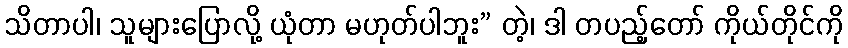
သိတာပါ၊ သူများပြောလို့ ယုံတာ မဟုတ်ပါဘူး” တဲ့၊ ဒါ တပည့်တော် ကိုယ်တိုင်ကို